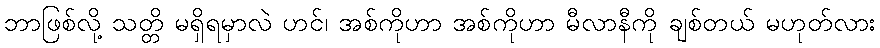
ဘာဖြစ်လို့ သတ္တိ မရှိရမှာလဲ ဟင်၊ အစ်ကိုဟာ အစ်ကိုဟာ မီလာနီကို ချစ်တယ် မဟုတ်လား